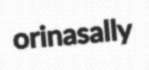
orinasally